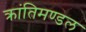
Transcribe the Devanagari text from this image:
क्रांतिमण्डल